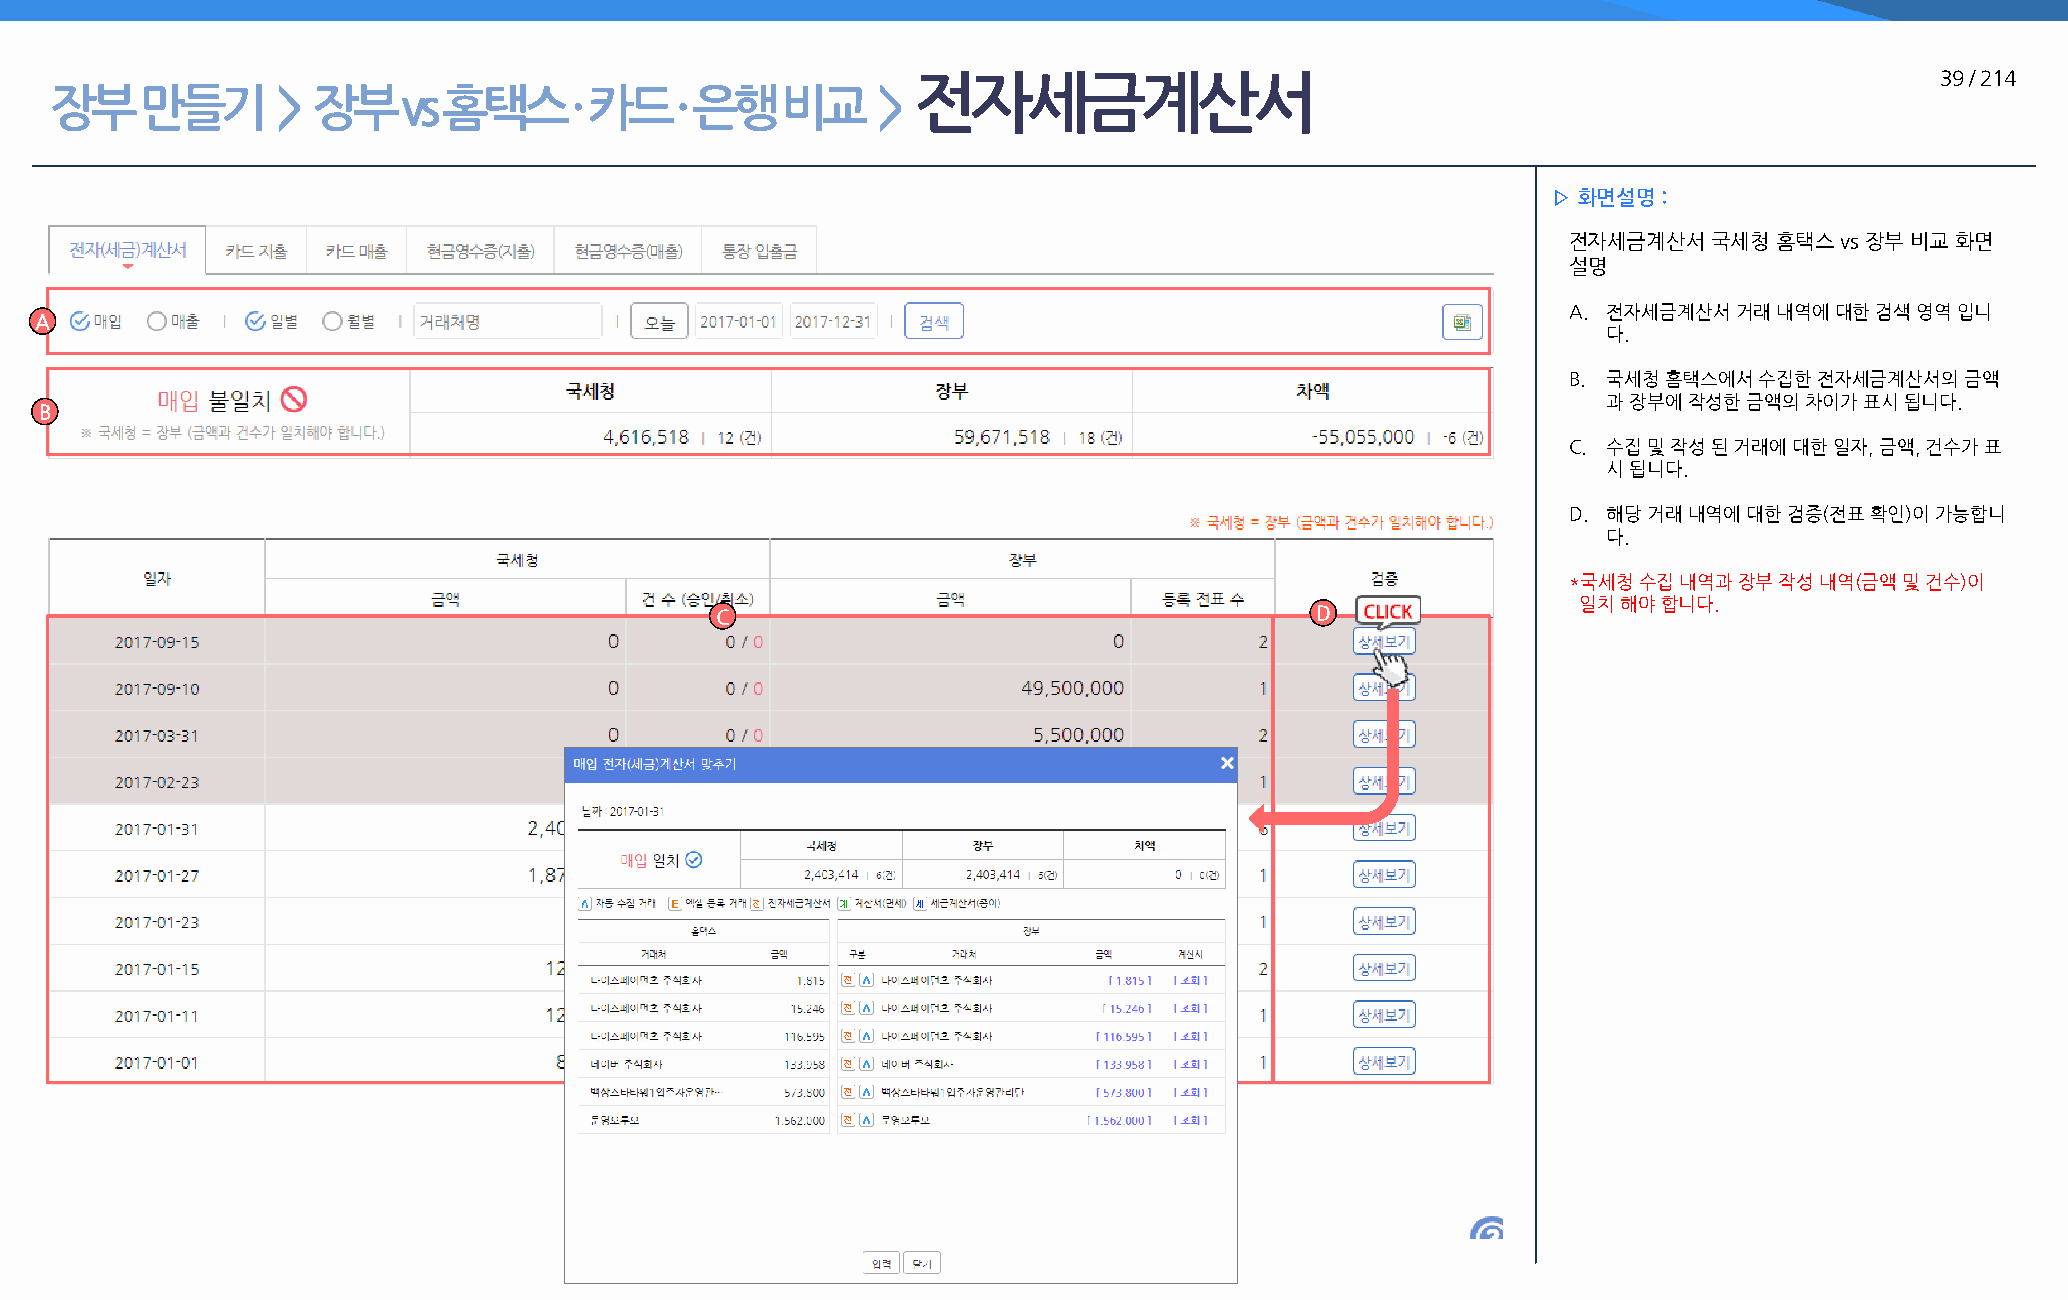
전자세금계산서                                                             39 / 214
 장부    만들기      >  장부    vs 홈택스     · 카드   · 은행   비교    >
 ▷ 화면설명 :
 전자세금계산서  국세청  홈택스 vs 장부 비교 화면
 설명
 A. 전자세금계산서 거래 내역에 대한 검색 영역 입니
 A
 다.
 B. 국세청 홈택스에서 수집한 전자세금계산서의 금액
 과 장부에 작성한 금액의 차이가 표시 됩니다.
 B
 C. 수집 및 작성 된 거래에 대한 일자, 금액, 건수가 표
 시 됩니다.
 D. 해당 거래 내역에 대한 검증(전표 확인)이 가능합니
 다.
 *국세청 수집 내역과 장부 작성 내역(금액 및 건수)이
 일치 해야 합니다.
 C                                       D